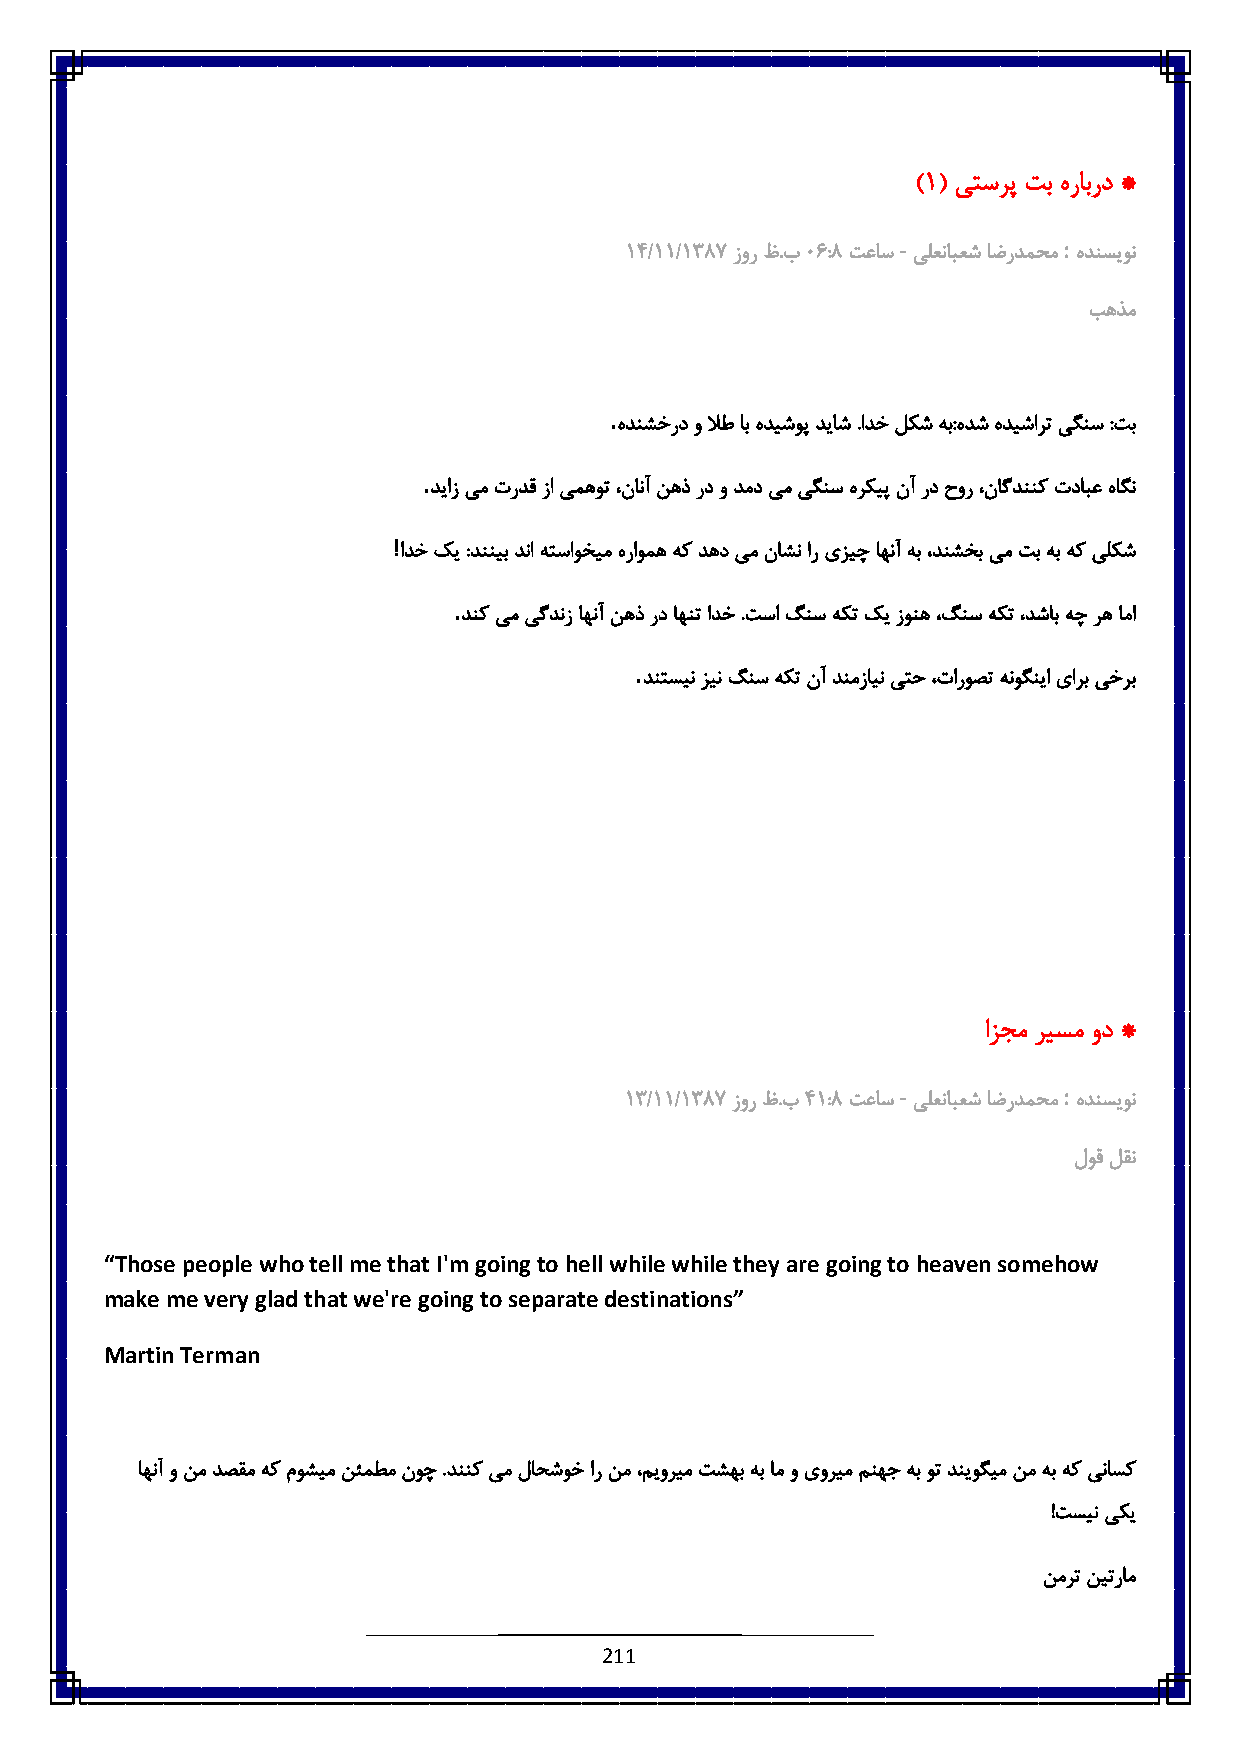
)6( یتسرپ تب هرابرد *
 -          :
 6٠/66/683٧ زور ظ.ب٥ 1:3 تعاس یلعنابعش اضردمحم هدنسیون
 بهذم
 .
 هدنشخرد و لاط اب هدیشوپ دیاش .ادخ لکش هب:هدش هدیشارت یگنس :تب
 .
 دیاز یم تردق زا یمهوت ،نانآ نهذ رد و دمد یم یگنس هرکیپ نآ رد حور ،ناگدننک تدابع هاگن
 !
 ادخ کی :دننیب دنا هتساوخیم هراومه هک دهد یم ناشن ار یزیچ اهنآ هب ،دنشخب یم تب هب هک یلکش
 .
 دنک یم یگدنز اهنآ نهذ رد اهنت ادخ .تسا گنس هکت کی زونه ،گنس هکت ،دشاب هچ ره اما
 .
 دنتسین زین گنس هکت نآ دنمزاین یتح ،تاروصت هنوگنیا یارب یخرب
 ازجم ریسم ود *
 -          :
 68/66/683٧ زور ظ.ب٠ 6:3 تعاس یلعنابعش اضردمحم هدنسیون
 لوق لقن
 “Those people who tell me that I'm going to hell while while they are going to heaven somehow
 make me very glad that we're going to separate destinations”
 Martin Terman
 اهنآ و نم دصقم هک موشیم نئمطم نوچ .دننک یم لاحشوخ ار نم ،میوریم تشهب هب ام و یوریم منهج هب وت دنیوگیم نم هب هک یناسک
 !تسین یکی
 نمرت نیترام
 211